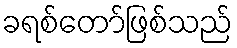
ခရစ်တော်ဖြစ်သည်